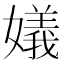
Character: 嬟